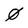
Character: 0